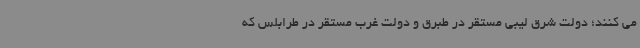
می کنند؛ دولت شرق لیبی مستقر در طبرق و دولت غرب مستقر در طرابلس که